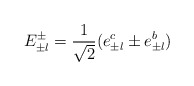
\begin{align*}E_{\pm l}^{\pm }=\frac{1}{\sqrt{2}}(e_{\pm l}^{c}\pm e_{\pm l}^{b})\end{align*}